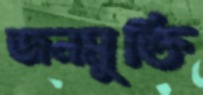
জনমুক্তি